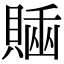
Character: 𧷊